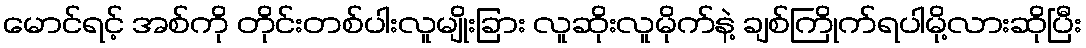
မောင်ရင့် အစ်ကို တိုင်းတစ်ပါးလူမျိုးခြား လူဆိုးလူမိုက်နဲ့ ချစ်ကြိုက်ရပါမို့လားဆိုပြီး